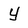
Character: y